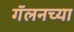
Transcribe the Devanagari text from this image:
गॅलनच्या